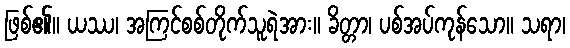
ဖြစ်၏။ ယဿ၊ အကြင်စစ်တိုက်သူရဲအား။ ခိတ္တာ၊ ပစ်အပ်ကုန်သော။ သရာ၊